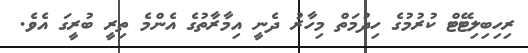
ރިހިބިލިޓޭޓް ކުރުމުގެ ހިދުމަތް މިހާރު ދެނީ އިމާރާތުގެ އެންމެ ތިރީ ބުރީގަ އެވެ.